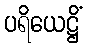
ပရိယေဋ္ဌိံ